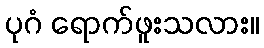
ပုဂံ ရောက်ဖူးသလား။